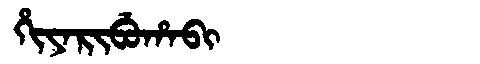
Manchu: ᡥᡳᠶᠠᡵᡳᠪᡠᡥᠠᠪᡳ
Romanization: HIYARIBUHABI